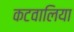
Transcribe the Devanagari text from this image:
कटवालिया